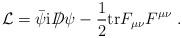
LaTeX: \begin{align*}{\cal L} = \bar{\psi} {\rm i} D \!\!\!\!/ \, \psi - \frac{1}{2}{\rm tr}F_{\mu \nu} F^{\mu \nu} \ .\end{align*}